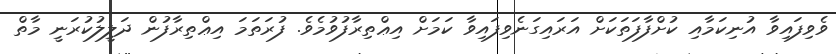
ވެވިފައިވާ އުނިކަމާއި ކުށްފާފަތަކަށް އަރައިގަނެވިފައިވާ ކަމަށް އިޢްތިރާފުވުމެވެ. ފުރަތަމަ އިޢްތިރާފުން ދަލީލުކުރަނީ މާތް